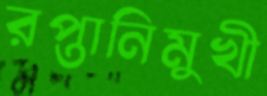
রপ্তানিমুখী